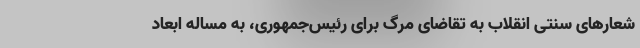
شعارهای سنتی انقلاب به تقاضای مرگ برای رئیس‌جمهوری، به مساله ابعاد